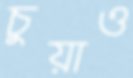
চুয়াও